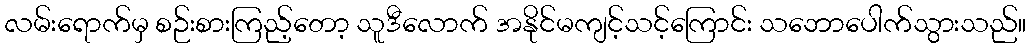
လမ်းရောက်မှ စဉ်းစားကြည့်တော့ သူဒီလောက် အနိုင်မကျင့်သင့်ကြောင်း သဘောပေါက်သွားသည်။